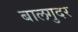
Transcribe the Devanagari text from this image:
बालगुदर